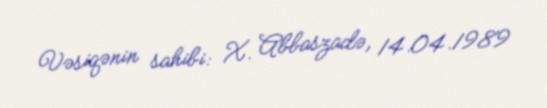
Vəsiqənin sahibi: X. Abbaszadə, 14.04.1989